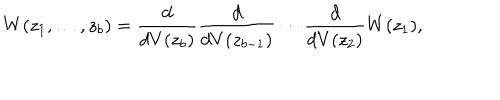
W ( z _ { 1 } , \ldots , z _ { b } ) = \frac { d } { d V ( z _ { b } ) } \frac { d } { d V ( z _ { b - 1 } ) } \cdots \frac { d } { d V ( z _ { 2 } ) } W ( z _ { 1 } ) ,